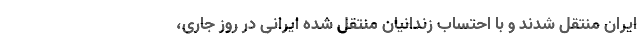
ایران منتقل شدند و با احتساب زندانیان منتقل شده ایرانی در روز جاری،